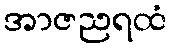
အာဇညရထံ